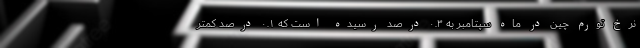
نرخ تورم چین در ماه سپتامبر به ۰.۳ درصد رسیده است که ۰.۱ درصد کمتر